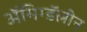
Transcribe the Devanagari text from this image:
ॲमिग्डॅलीन